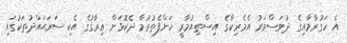
އެ ހަގުރާމާއިގެ ދުވަސްވަރު އެމެރިކާގެ އިސްތިއުމާރީ ހަންފެތުރުމާ ދެކޮޅަށް ޢިރާޤުގެ އެކި ސަރަޙައްދުތަކުގައި